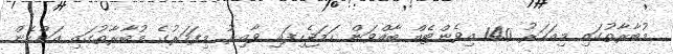
މުބާރާތުގައި މިއަހަރު 140 އިވެންޓެއް ބާއްވަން ހަމަޖެހިފައި ވާއިރު މިފަހަރުގެ މުބާރާތުގައި އަންހެން